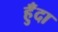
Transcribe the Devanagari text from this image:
हुँदा